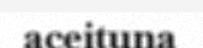
aceituna